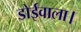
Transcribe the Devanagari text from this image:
डोईवाला।